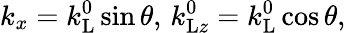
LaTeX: k_{x}=k_{\mathrm{L}}^{0}\sin\theta,\, k_{\mathrm{L}z}^{0}=k_{\mathrm{L}}^{0}\cos\theta,